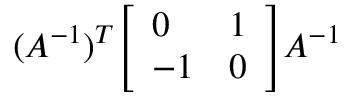
( A ^ { - 1 } ) ^ { T } { \left[ \begin{array} { l l } { 0 } & { 1 } \\ { - 1 } & { 0 } \end{array} \right] } A ^ { - 1 }